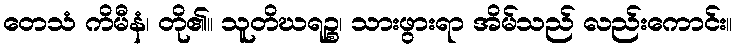
တေသံ ကိမီနံ၊ တို၏။ သူတိဃရဉ္စ၊ သားဖွားရာ အိမ်သည် လည်းကောင်း။